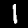
Digit: 1